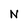
Character: N